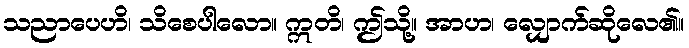
သညာပေဟိ၊ သိစေပါလော။ ဣတိ၊ ဤသို့။ အာဟ၊ လျှောက်ဆိုလေ၏။